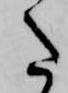
た